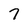
Character: 7